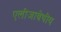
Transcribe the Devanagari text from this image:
एलीजाबेथीय